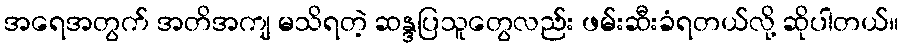
အရေအတွက် အတိအကျ မသိရတဲ့ ဆန္ဒပြသူတွေလည်း ဖမ်းဆီးခံရတယ်လို့ ဆိုပါတယ်။